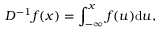
D ^ { - 1 } f ( x ) = \int _ { - \infty } ^ { x } f ( u ) \mathrm { d } u ,